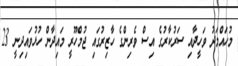
މުހައްމަދު ވަހީދާއި ސަރުކާރުގެ އިސް ވެރިންގެ ހާޒިރުގައި ޖުމްހޫރީ މައިދާން ހުޅުވައިދިނީ 23